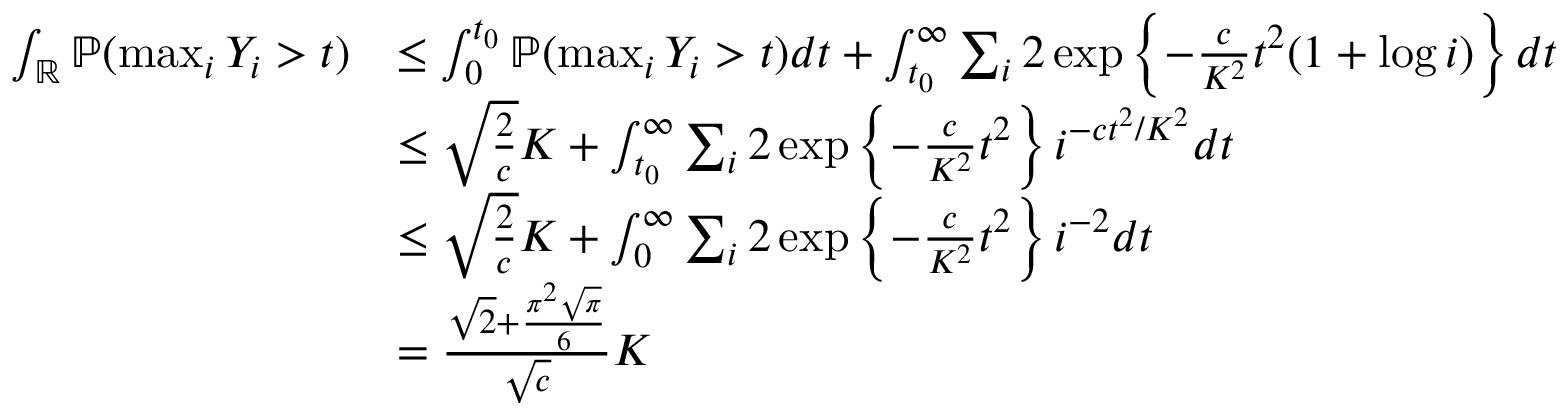
\begin{array} { r l } { \int _ { \mathbb { R } } \mathbb { P } ( \operatorname* { m a x } _ { i } Y _ { i } > t ) } & { \le \int _ { 0 } ^ { t _ { 0 } } \mathbb { P } ( \operatorname* { m a x } _ { i } Y _ { i } > t ) d t + \int _ { t _ { 0 } } ^ { \infty } \sum _ { i } 2 \exp \left\{ - \frac { c } { K ^ { 2 } } t ^ { 2 } ( 1 + \log i ) \right\} d t } \\ & { \le \sqrt { \frac { 2 } { c } } K + \int _ { t _ { 0 } } ^ { \infty } \sum _ { i } 2 \exp \left\{ - \frac { c } { K ^ { 2 } } t ^ { 2 } \right\} i ^ { - c t ^ { 2 } / K ^ { 2 } } d t } \\ & { \le \sqrt { \frac { 2 } { c } } K + \int _ { 0 } ^ { \infty } \sum _ { i } 2 \exp \left\{ - \frac { c } { K ^ { 2 } } t ^ { 2 } \right\} i ^ { - 2 } d t } \\ & { = \frac { \sqrt { 2 } + \frac { \pi ^ { 2 } \sqrt { \pi } } { 6 } } { \sqrt { c } } K } \end{array}